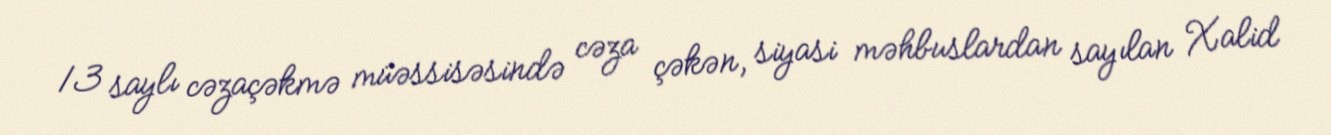
13 saylı cəzaçəkmə müəssisəsində cəza çəkən, siyasi məhbuslardan sayılan Xalid